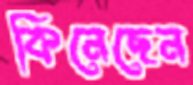
কিনেছেন